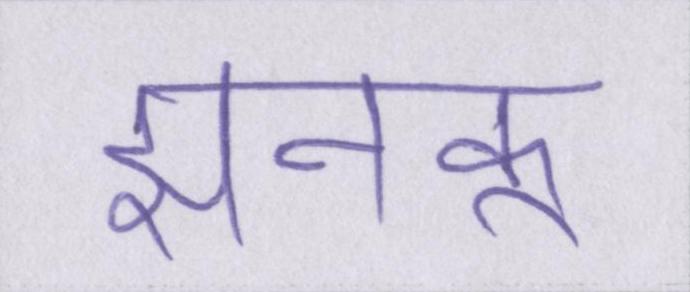
झनकू